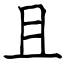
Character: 且